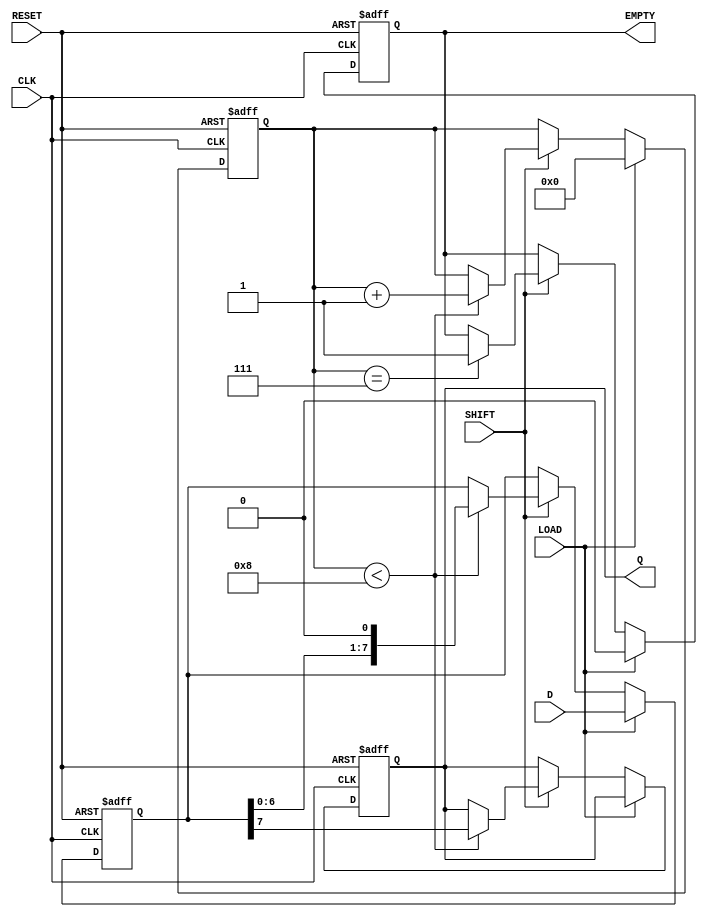
module PISO_Register (
    input wire [7:0] D,        // Parallel data input
    input wire LOAD,           // Load enable signal
    input wire SHIFT,          // Shift control signal
    input wire CLK,            // Clock signal
    input wire RESET,          // Reset signal
    output reg Q,              // Serial output
    output reg EMPTY           // Empty flag
);

    reg [7:0] shift_reg;       // Internal shift register to hold the data
    reg [3:0] count;           // Counter to track the number of bits shifted out

    always @(posedge CLK or posedge RESET) begin
        if (RESET) begin
            // Reset the shift register and output
            shift_reg <= 8'b00000000;
            Q <= 1'b0;
            count <= 4'b0000;
            EMPTY <= 1'b1;    // Initially empty
        end else begin
            if (LOAD) begin
                // Load parallel data into the shift register
                shift_reg <= D;
                count <= 4'b0000; // Reset count when loading
                EMPTY <= 1'b0;    // Register is no longer empty
            end else if (SHIFT) begin
                // Shift operation
                if (count < 8) begin
                    Q <= shift_reg[7]; // Output the MSB
                    shift_reg <= {shift_reg[6:0], 1'b0}; // Shift left
                    count <= count + 1; // Increment the count
                end
                // Check if the register is empty
                if (count == 7) begin
                    EMPTY <= 1'b1; // Set EMPTY flag when last bit is shifted
                end
            end
        end
    end

endmodule